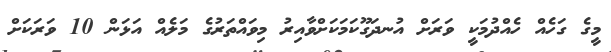
މީގެ ގަހެއް ހެއްދުމަކީ ވަރަށް އުނދަގޫކަމަކަށްވާއިރު މިވައްތަރުގެ މަލެއް އަޅަން 10 ވަރަކަށް